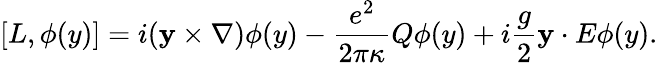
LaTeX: \lbrack L,\phi(y)]=i({\mathbf y}\times{\mathbf\nabla})\phi(y)-\frac{e^{2}}{2\pi\kappa}Q\phi(y)+i\frac g2{\mathbf y\cdot E}\phi(y).